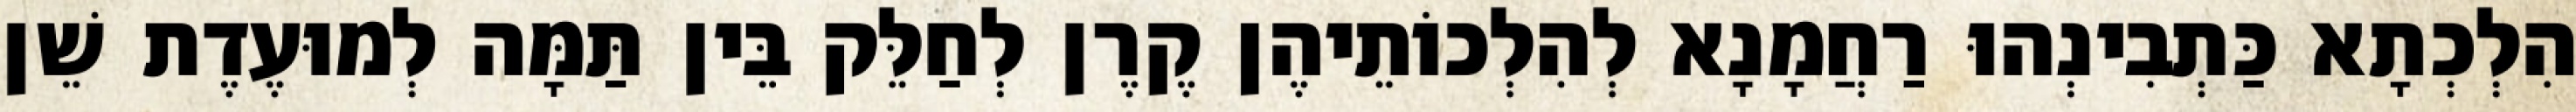
הִלְכְתָא כַּתְבִינְהוּ רַחֲמָנָא לְהִלְכוֹתֵיהֶן קֶרֶן לְחַלֵּק בֵּין תַּמָּה לְמוּעֶדֶת שֵׁן